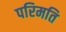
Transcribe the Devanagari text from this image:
परिमति